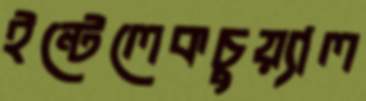
ইন্টেলেকচুয়্যাল